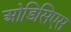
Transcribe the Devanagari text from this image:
ओडिसिएस